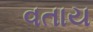
વતાય